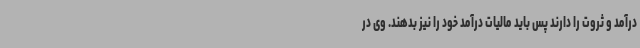
درآمد و ثروت را دارند پس باید مالیات درآمد خود را نیز بدهند. وی در